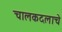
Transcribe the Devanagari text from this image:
चालकदलाचे